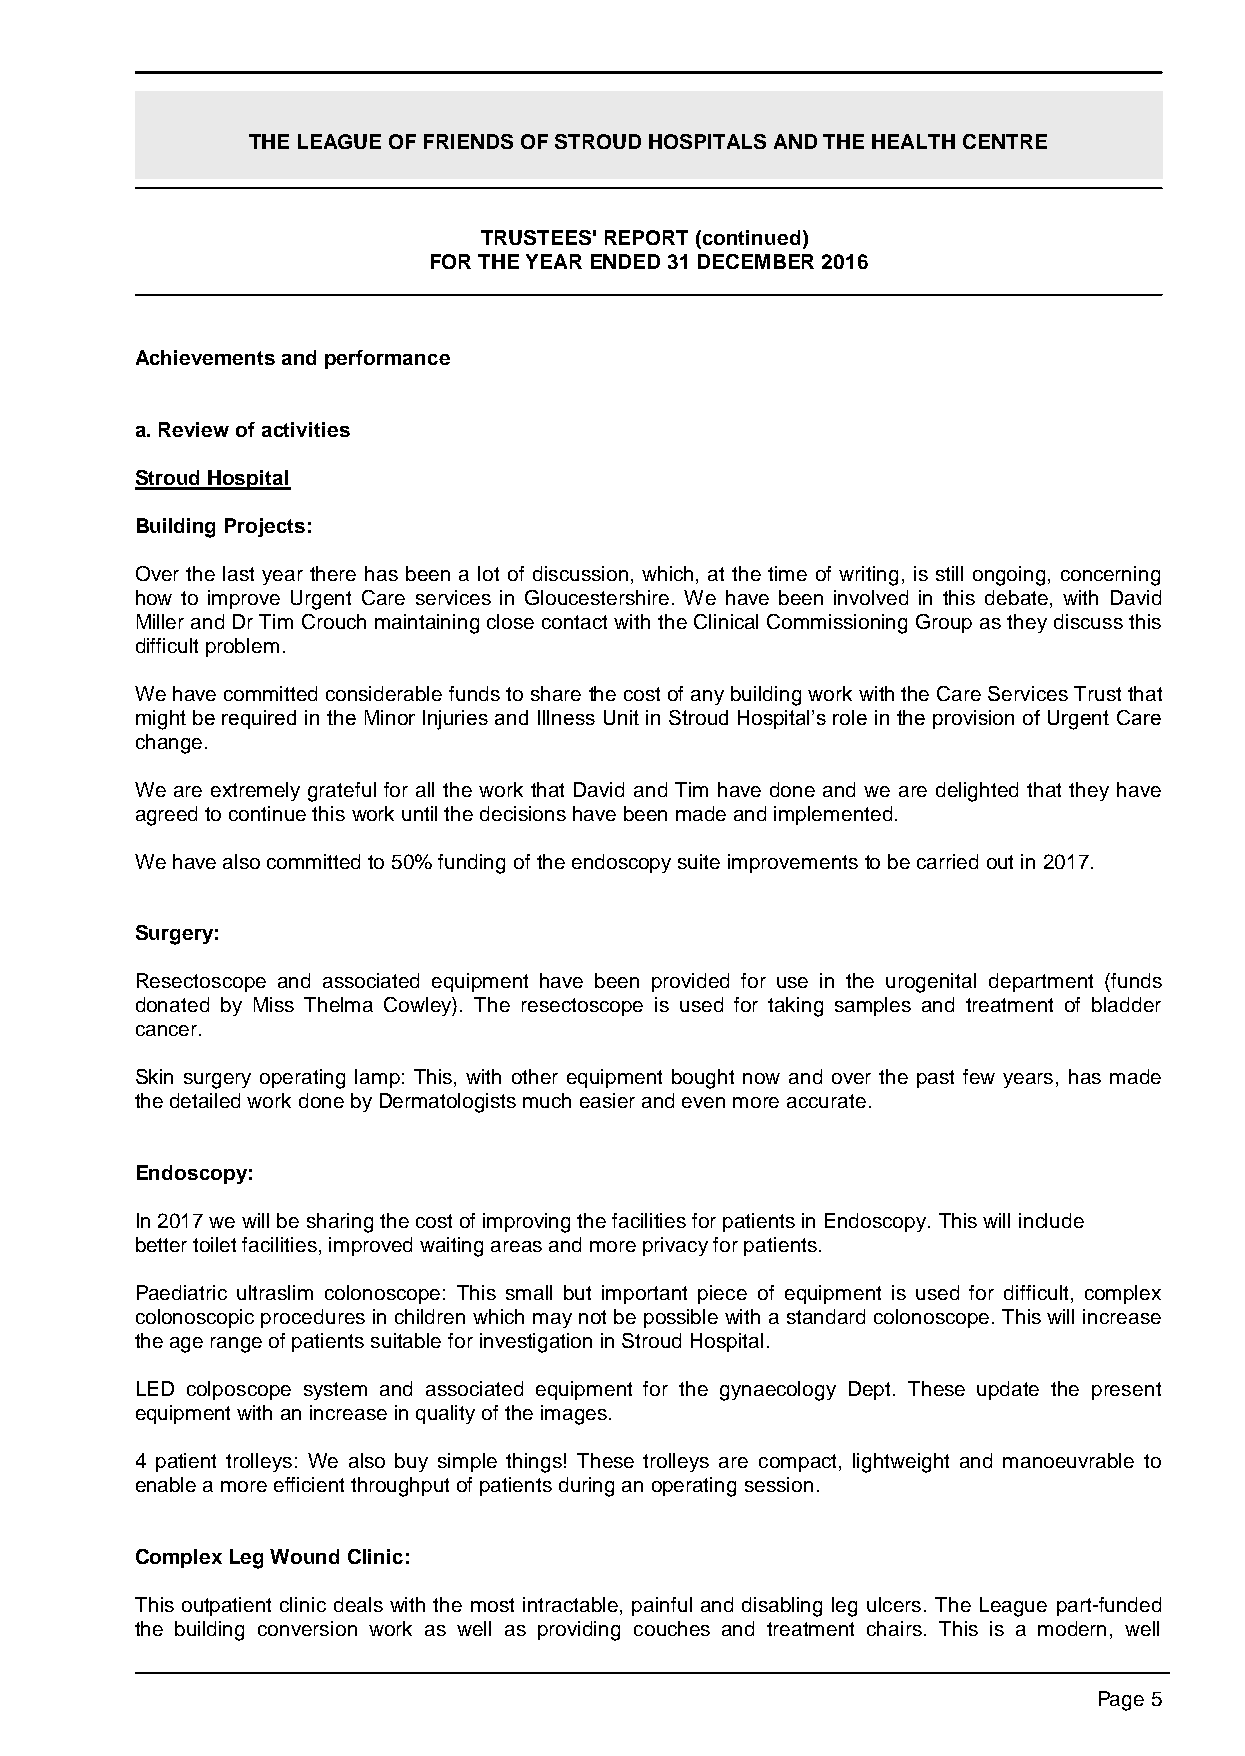
THE LEAGUE OF FRIENDS OF STROUD HOSPITALS AND THE HEALTH CENTRE
 TRUSTEES' REPORT (continued)
 FOR THE YEAR ENDED 31 DECEMBER 2016
 Achievements and performance
 a. Review of activities
 Stroud Hospital
 Building Projects:
 Over the last year there has been a lot of discussion, which, at the time of writing, is still ongoing, concerning
 how to improve Urgent Care services in Gloucestershire. We have been involved in this debate, with David
 Miller and Dr Tim Crouch maintaining close contact with the Clinical Commissioning Group as they discuss this
 difficult problem.
 We have committed considerable funds to share the cost of any building work with the Care Services Trust that
 might be required in the Minor Injuries and Illness Unit in Stroud Hospital’s role in the provision of Urgent Care
 change.
 We are extremely grateful for all the work that David and Tim have done and we are delighted that they have
 agreed to continue this work until the decisions have been made and implemented.
 We have also committed to 50% funding of the endoscopy suite improvements to be carried out in 2017.
 Surgery:
 Resectoscope and associated equipment have been provided for use in the urogenital department (funds
 donated by Miss Thelma Cowley). The resectoscope is used for taking samples and treatment of bladder
 cancer.
 Skin surgery operating lamp: This, with other equipment bought now and over the past few years, has made
 the detailed work done by Dermatologists much easier and even more accurate.
 Endoscopy:
 In 2017 we will be sharing the cost of improving the facilities for patients in Endoscopy. This will include
 better toilet facilities, improved waiting areas and more privacy for patients.
 Paediatric ultraslim colonoscope: This small but important piece of equipment is used for difficult, complex
 colonoscopic procedures in children which may not be possible with a standard colonoscope. This will increase
 the age range of patients suitable for investigation in Stroud Hospital.
 LED colposcope system and associated equipment for the gynaecology Dept. These update the present
 equipment with an increase in quality of the images.
 4 patient trolleys: We also buy simple things! These trolleys are compact, lightweight and manoeuvrable to
 enable a more efficient throughput of patients during an operating session.
 Complex Leg Wound Clinic:
 This outpatient clinic deals with the most intractable, painful and disabling leg ulcers. The League part-funded
 the building conversion work as well as providing couches and treatment chairs. This is a modern, well
 Page 5